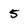
Character: 5